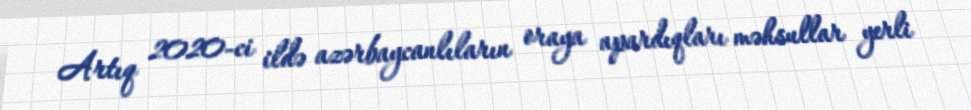
Artıq 2020-ci ildə azərbaycanlıların oraya apardıqları məhsullar yerli